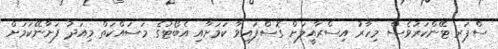
ސްޕަރ ޓޭންކަރުވެސް މިހާރު އިސްރާއީލަށް ގޮސްފައިވާ ކަމަށާއި އެބޯޓުގެ މަސައްކަތް މިއަދު ފަށާނޭކަމަށް